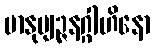
မာနုဗျဉ္ဇနဂ္ဂါဟိနော